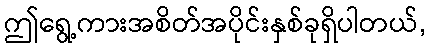
ဤရွေ့ကားအစိတ်အပိုင်းနှစ်ခုရှိပါတယ်,